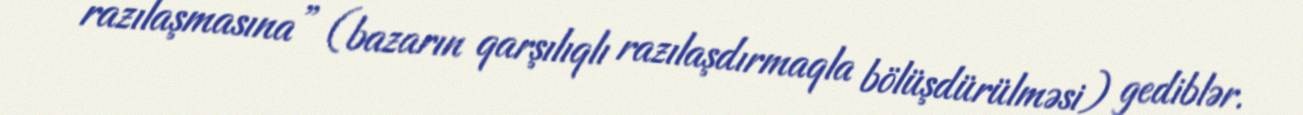
razılaşmasına” (bazarın qarşılıqlı razılaşdırmaqla bölüşdürülməsi) gediblər.